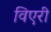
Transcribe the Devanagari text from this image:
विएरी